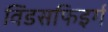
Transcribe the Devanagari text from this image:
विंडसफिइर्ग